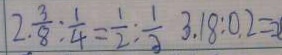
2 . \frac { 3 } { 8 } : \frac { 1 } { 4 } = \frac { 1 } { 2 } : \frac { 1 } { 3 } 3 . 1 8 : 0 . 2 =